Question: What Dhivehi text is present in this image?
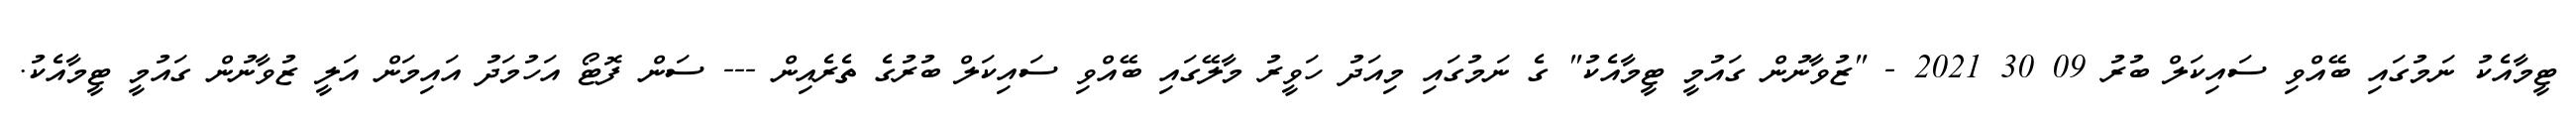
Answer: ޓީމާއެކު ނަމުގައި ބޭއްވި ސައިކަލް ބުރު 09 30 2021 - "ޒުވާނުން ގައުމީ ޓީމާއެކު" ގެ ނަމުގައި މިއަދު ހަވީރު މާލޭގައި ބޭއްވި ސައިކަލް ބުރުގެ ތެރެއިން --- ސަން ފޮޓޯ އަހުމަދު އައިމަން އަލީ ޒުވާނުން ގައުމީ ޓީމާއެކު.